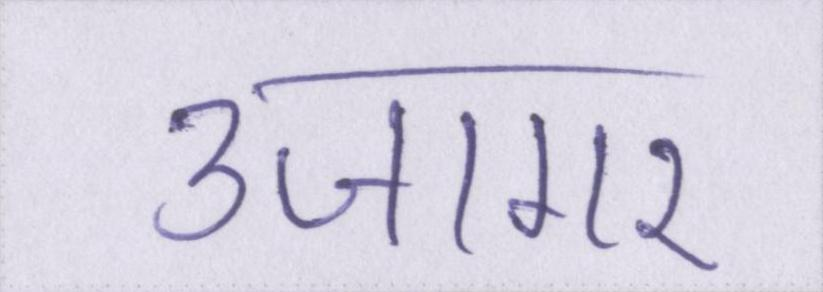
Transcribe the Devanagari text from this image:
उजागर